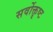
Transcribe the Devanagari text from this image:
सर्वोक्तृष्ट